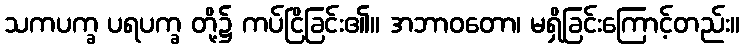
သကပက္ခ ပရပက္ခ တို့၌ ကပ်ငြိခြင်း၏။ အဘာဝတော၊ မရှိခြင်းကြောင့်တည်း။